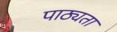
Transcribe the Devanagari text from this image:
पाठ्यता